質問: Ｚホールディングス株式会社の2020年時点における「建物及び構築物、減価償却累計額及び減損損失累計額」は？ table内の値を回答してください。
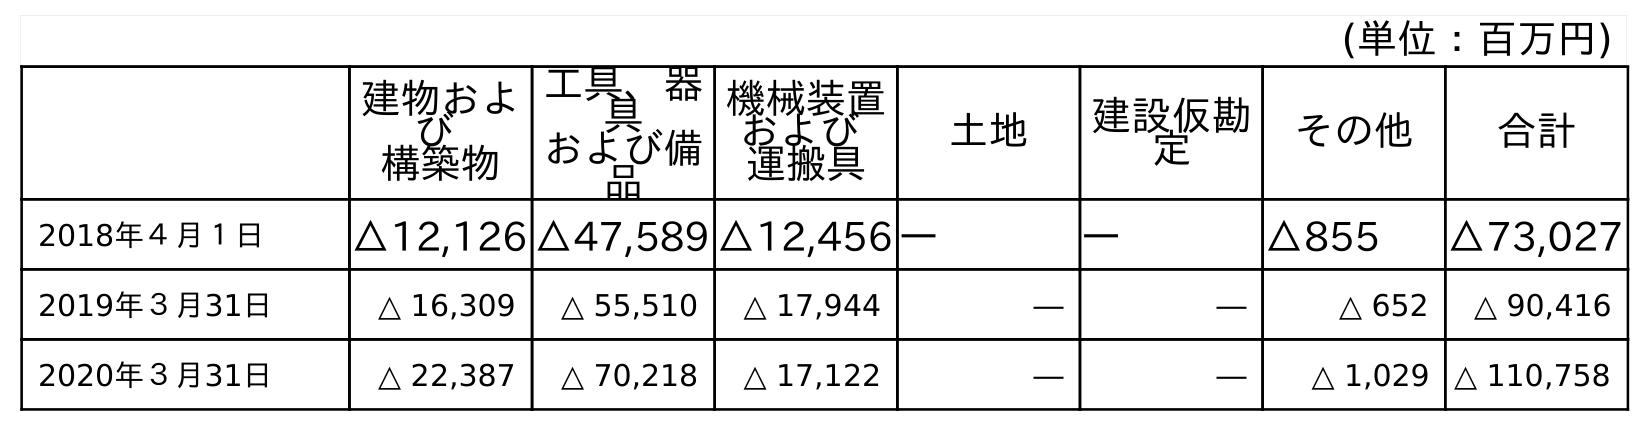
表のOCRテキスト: (単位：百万円) 建物およ び 構築物 工具、器 具 および備 品 機械装置 および 運搬具 土地 建設仮勘 定 その他 合計 2018年４月１日 △12,126 △47,589 △12,456 ― ― △855 △73,027 2019年３月31日 △ 16,309 △ 55,510 △ 17,944 ― ― △ 652 △ 90,416 2020年３月31日 △ 22,387 △ 70,218 △ 17,122 ― ― △ 1,029 △ 110,758
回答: △22,387